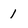
Character: 1